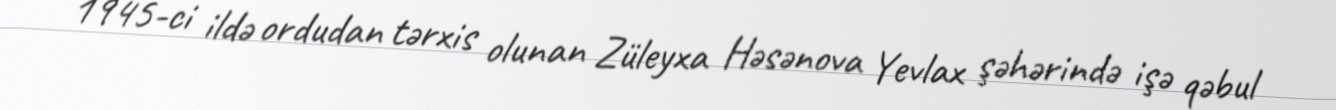
1945-ci ildə ordudan tərxis olunan Züleyxa Həsənova Yevlax şəhərində işə qəbul